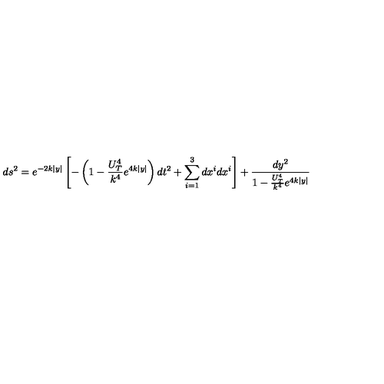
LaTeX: d s ^ { 2 } = e ^ { - 2 k \mid y \mid } \left[ - \left( 1 - \frac { U _ { T } ^ { 4 } } { k ^ { 4 } } e ^ { 4 k \mid y \mid } \right) d t ^ { 2 } + \sum _ { i = 1 } ^ { 3 } d x ^ { i } d x ^ { i } \right] + \frac { d y ^ { 2 } } { 1 - \frac { U _ { T } ^ { 4 } } { k ^ { 4 } } e ^ { 4 k \mid y \mid } }